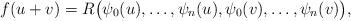
LaTeX: \begin{align*}f ( u+ v)=R \big(\psi _0( u),\ldots ,\psi _n( u),\psi _0( v),\ldots ,\psi _n( v)\big),\end{align*}